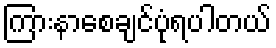
ကြားနာစေချင်ပုံရပါတယ်